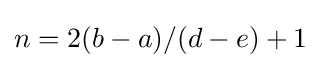
n=2(b-a)/(d-e)+1